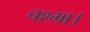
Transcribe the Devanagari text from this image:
चश्मा।